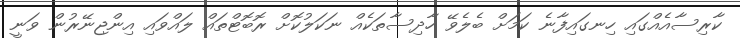
ކާރިސާއެއްގައި ހިނގައިފާނެ ކަމަށް ބެލެވޭ ހާދިސާތަކެއް ނަކަލުކޮށް ރޮބޮޓްތައް ލައްވައި އިންޖިނޭރުން ވަނީ